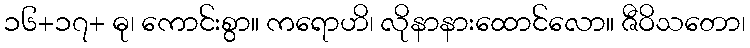
၁၆+၁၇+ ဓု၊ ကောင်းစွာ။ ကရောဟိ၊ လိုနာနားထောင်လော။ ဇီဝိသတော၊